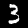
Label: 3